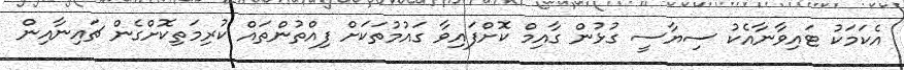
އެކަމަކު ޓައިވާނާއެކު ސިޔާސީ ގުޅުން ގާއިމް ކޮށްފައިވާ ގައުމުތަކަށް ފިއްތުންތައް ކުރިމަތިކޮށްގެން ޗައިނާއިން